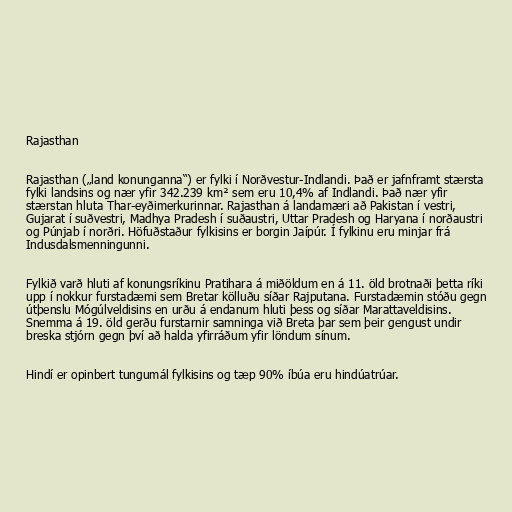
Rajasthan

Rajasthan („land konunganna“) er fylki í Norðvestur-Indlandi. Það er jafnframt stærsta
fylki landsins og nær yfir 342.239 km² sem eru 10,4% af Indlandi. Það nær yfir
stærstan hluta Thar-eyðimerkurinnar. Rajasthan á landamæri að Pakistan í vestri,
Gujarat í suðvestri, Madhya Pradesh í suðaustri, Uttar Pradesh og Haryana í norðaustri
og Púnjab í norðri. Höfuðstaður fylkisins er borgin Jaípúr. Í fylkinu eru minjar frá
Indusdalsmenningunni.

Fylkið varð hluti af konungsríkinu Pratihara á miðöldum en á 11. öld brotnaði þetta ríki
upp í nokkur furstadæmi sem Bretar kölluðu síðar Rajputana. Furstadæmin stóðu gegn
útþenslu Mógúlveldisins en urðu á endanum hluti þess og síðar Marattaveldisins.
Snemma á 19. öld gerðu furstarnir samninga við Breta þar sem þeir gengust undir
breska stjórn gegn því að halda yfirráðum yfir löndum sínum.

Hindí er opinbert tungumál fylkisins og tæp 90% íbúa eru hindúatrúar.